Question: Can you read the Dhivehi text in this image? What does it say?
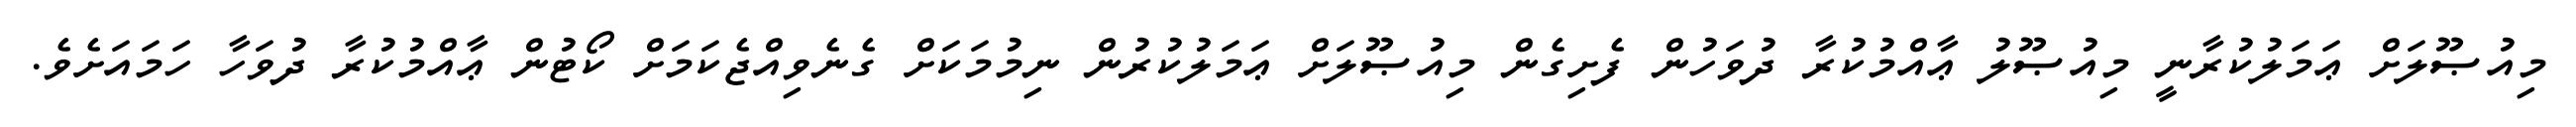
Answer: މިއުޞޫލަށް ޢަމަލުކުރާނީ މިއުޞޫލު ޢާއްމުކުރާ ދުވަހުން ފެށިގެން މިއުޞޫލަށް ޢަމަލުކުރުން ނިމުމަކަށް ގެނެވިއްޖެކަމަށް ކޯޓުން ޢާއްމުކުރާ ދުވަހާ ހަމައަށެވެ.